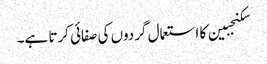
سکنجبین کا استعمال گردوں کی صفائی کرتا ہے۔